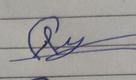
Signature authenticity: forged